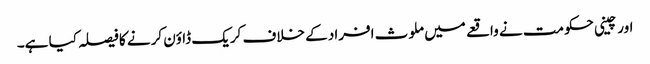
اورچینی حکومت نے واقعے میں ملوث افراد کے خلاف کریک ڈاوٴن کرنے کا فیصلہ کیا ہے۔